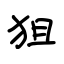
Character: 狙